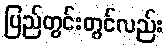
ပြည်တွင်းတွင်လည်း